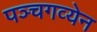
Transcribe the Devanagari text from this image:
पञ्चगव्येन